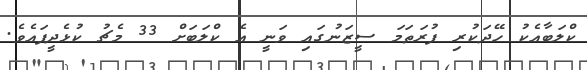
ކްލަބާއެކު ހޭދަކުރި ފުރަތަމަ ސީޒަނުގައި ވަނީ އެ ކްލަބަށް 33 މެޗު ކުޅެދީފައެވެ.